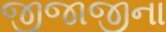
જીજાજીના